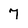
Character: 7